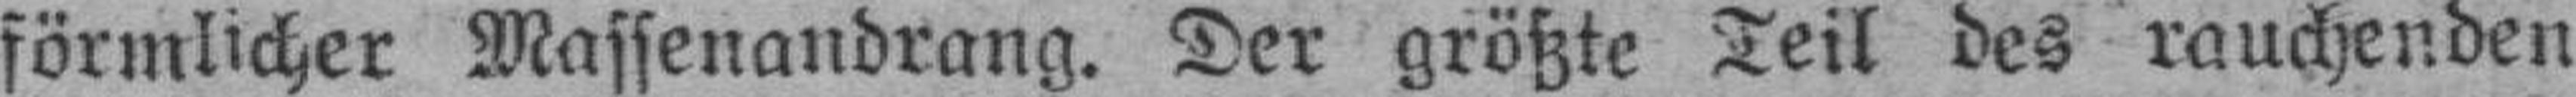
förmlicher Massenandrang. Der größte Teil des rauchenden